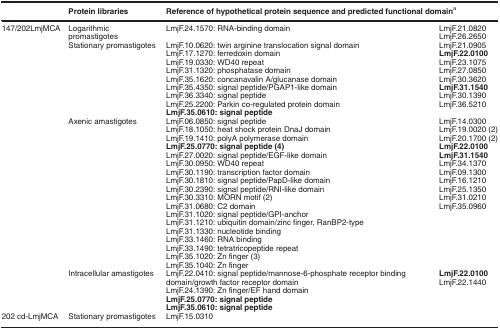
<table><thead><tr><td><b> </b></td><td><b>Protein libraries</b></td><td colspan="2"><b>Reference of hypothetical protein sequence and predicted functional domaina</b></td></tr></thead><tbody><tr><td>147/202LmjMCA</td><td>Logarithmic promastigotes</td><td>LmjF.24.1570: RNA-binding domain</td><td>LmjF.21.0820LmjF.26.2650</td></tr><tr><td> </td><td>Stationary promastigotes</td><td>LmjF.10.0620: twin arginine translocation signal domainLmjF.17.1270: ferredoxin domainLmjF.19.0330: WD40 repeatLmjF.31.1320: phosphatase domainLmjF.35.1620: concanavalin A/glucanase domainLmjF.35.4350: signal peptide/PGAP1-like domainLmjF.36.3340: signal peptideLmjF.25.2200: Parkin co-regulated protein domain<b>LmjF.35.0610: signal peptide</b></td><td>LmjF.21.0905<b>LmjF.22.0100</b>LmjF.23.1075LmjF.27.0850LmjF.30.3620<b>LmjF.31.1540</b>LmjF.30.1390LmjF.36.5210</td></tr><tr><td> </td><td>Axenic amastigotes</td><td>LmjF.06.0850: signal peptideLmjF.18.1050: heat shock protein DnaJ domainLmjF.19.1410: polyA polymerase domain<b>LmjF.25.0770: signal peptide (4)</b>LmjF.27.0020: signal peptide/EGF-like domainLmjF.30.0950: WD40 repeatLmjF.30.1190: transcription factor domainLmjF.30.1810: signal peptide/PapD-like domainLmjF.30.2390: signal peptide/RNI-like domainLmjF.30.3310: MORN motif (2)LmjF.31.0680: C2 domainLmjF.31.1020: signal peptide/GPI-anchorLmjF.31.1210: ubiquitin domain/zinc finger, RanBP2-typeLmjF.31.1330: nucleotide bindingLmjF.33.1460: RNA bindingLmjF.33.1490: tetratricopeptide repeatLmjF.35.1020: Zn finger (3)LmjF.35.1040: Zn finger</td><td>LmjF.14.0300LmjF.19.0020 (2)LmjF.20.1700 (2)<b>LmjF.22.0100</b><b>LmjF.31.1540</b>LmjF.34.1370LmjF.09.1300LmjF.16.1210LmjF.25.1350LmjF.31.0210LmjF.35.0960</td></tr><tr><td> </td><td>Intracellular amastigotes</td><td>LmjF.22.0410: signal peptide/mannose-6-phosphate receptor binding domain/growth factor receptor domainLmjF.24.1390: Zn finger/EF hand domain<b>LmjF.25.0770: signal peptide</b><b>LmjF.35.0610: signal peptide</b></td><td><b>LmjF.22.0100</b>LmjF.22.1440</td></tr><tr><td>202 cd-LmjMCA</td><td>Stationary promastigotes</td><td>LmjF.15.0310</td><td> </td></tr></tbody></table>